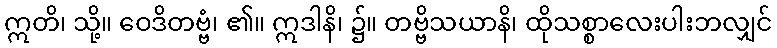
ဣတိ၊ သို့။ ဝေဒိတဗ္ဗံ၊ ၏။ ဣဒါနိ၊ ၌။ တဗ္ဗိသယာနိ၊ ထိုသစ္စာလေးပါးဘလျှင်